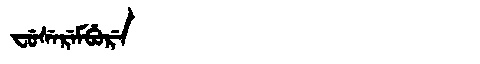
Manchu: ᠸᡠᠰᡝᡵᡝᠮᠪᡠᡵᡝ
Romanization: FUSEREMBURE